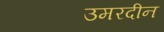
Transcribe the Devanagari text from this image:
उमरदीन